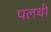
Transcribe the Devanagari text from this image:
पलथी